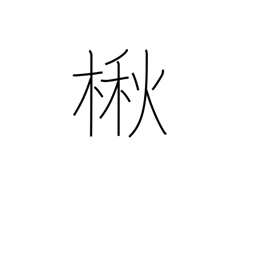
Meaning: Japanese catalpa